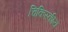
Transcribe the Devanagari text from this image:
चिकिस्कीय